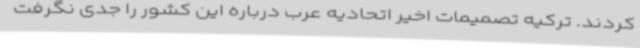
کردند. ترکیه تصمیمات اخیر اتحادیه عرب درباره این کشور را جدی نگرفت